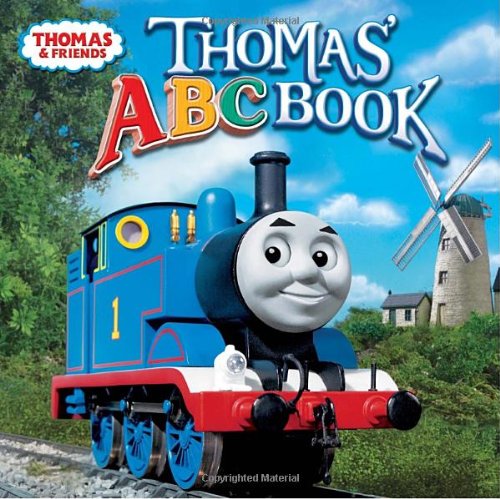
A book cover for Thomas' ABC Book (Thomas & Friends) (Pictureback(R)); Rev. W. Awdry; Children's Books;